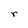
Character: r